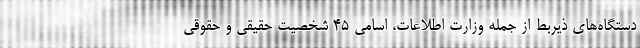
دستگاه‌های ذیربط از جمله وزارت اطلاعات، اسامی ۴۵ شخصیت حقیقی و حقوقی